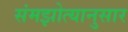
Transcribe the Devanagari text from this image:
संमझोत्यानुसार